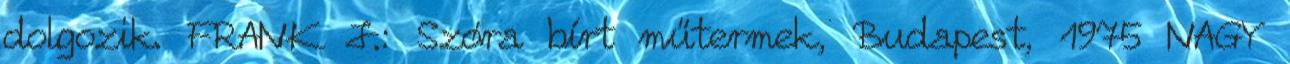
dolgozik. FRANK J.: Szóra bírt műtermek, Budapest, 1975 NAGY